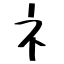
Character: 礻